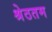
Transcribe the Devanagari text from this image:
श्रेठतम